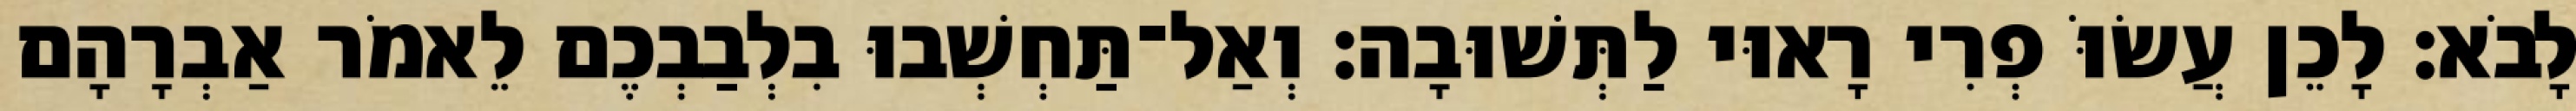
לָבֹא׃ לָכֵן עֲשׂוֹּ פְרִי רָאוּי לַתְּשׁוּבָה׃ וְאַל־תַּחְשְׁבוּ בִלְבַבְכֶם לֵאמֹר אַבְרָהָם